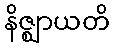
နိဇ္ဈာယတိ